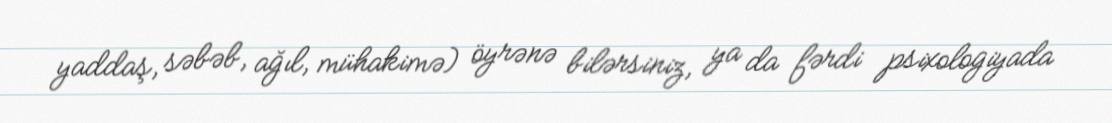
yaddaş, səbəb, ağıl, mühakimə) öyrənə bilərsiniz, ya da fərdi psixologiyada